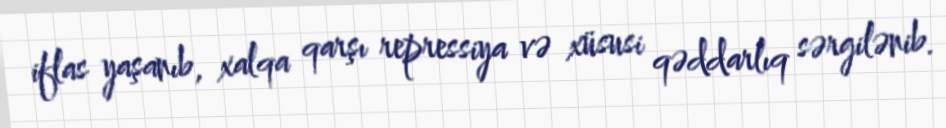
iflas yaşanıb, xalqa qarşı repressiya və xüsusi qəddarlıq sərgilənib.